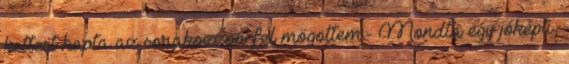
kettest kapta az sorakozzon fel mögöttem.- Mondta egy jóképű,